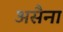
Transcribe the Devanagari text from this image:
असैना